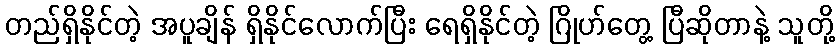
တည်ရှိနိုင်တဲ့ အပူချိန် ရှိနိုင်လောက်ပြီး ရေရှိနိုင်တဲ့ ဂြိုဟ်တွေ့ ပြီဆိုတာနဲ့ သူတို့